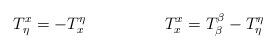
LaTeX: \begin{align*}T^{x}_{\eta}=-T^{\eta}_{x} \hspace{2cm} T^{x}_{x}=T^{\beta}_{\beta}-T^{\eta}_{\eta}\end{align*}